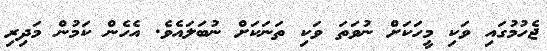
ޖެހުމުގައި ވަކި މީހަކަށް ނުވަތަ ވަކި ތަނަކަށް ނުބަލައެވެ. އެހެން ކަމުން މަދިރި